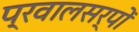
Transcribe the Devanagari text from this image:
प्रवालसर्पों